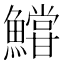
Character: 𩼝